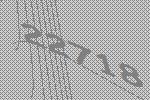
22718